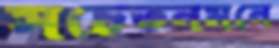
সচেতনমনে